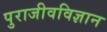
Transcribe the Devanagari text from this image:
पुराजीवविज्ञान